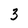
Character: 3